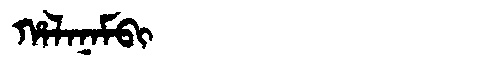
Manchu: ᡥᠠᠯᠠᠨᠠᠮᠪᡳ
Romanization: HALANAMBI